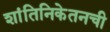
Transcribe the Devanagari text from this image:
शांतिनिकेतनची